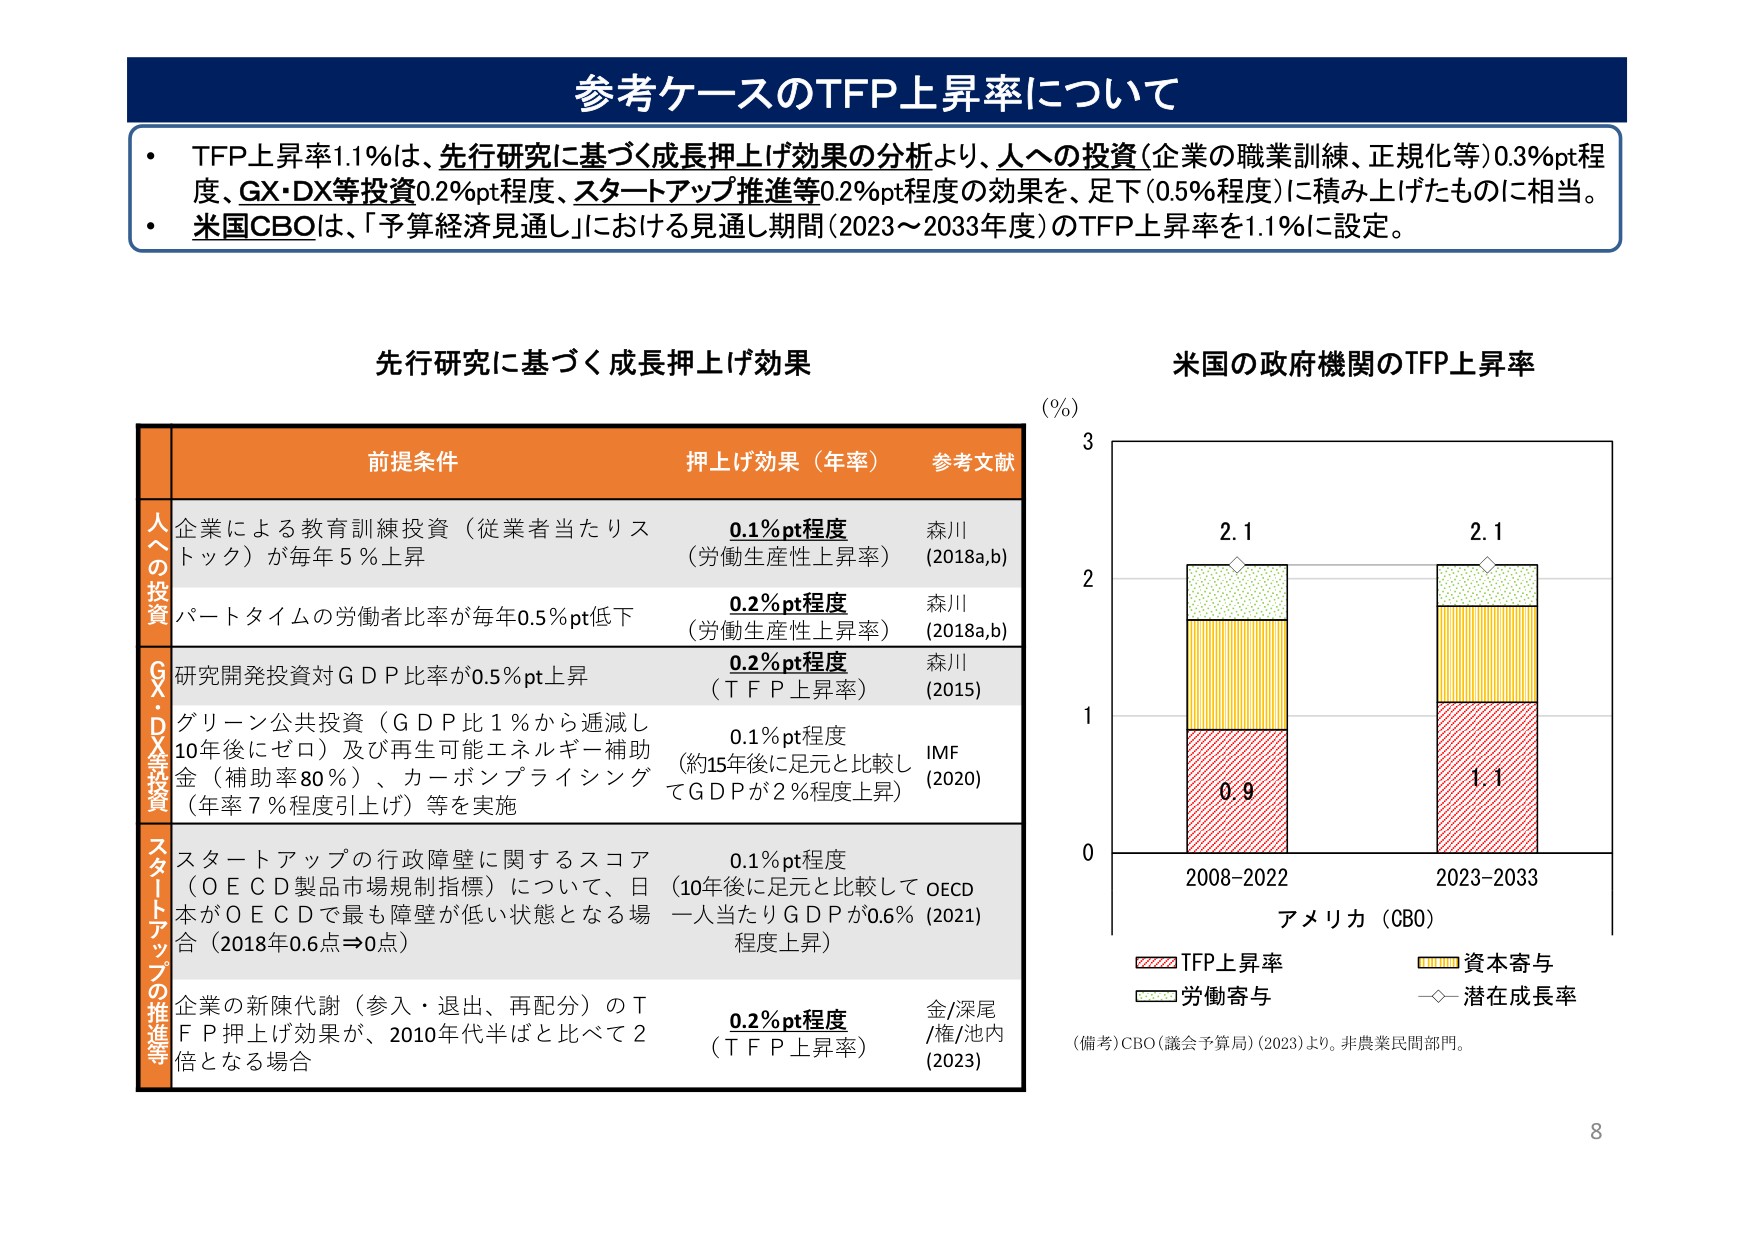
参考ケースのTFP上昇率について

・TFP上昇率1.1％は、先行研究に基づく成長押上げ効果の分析より、人への投資（企業の職業訓練、正規化等）0.3％pt程度、GX・DX等投資0.2％pt程度、スタートアップ推進等0.2％pt程度の効果を、足下（0.5％程度）に積み上げたものに相当。
・米国CBOは、「予算経済見通し」における見通し期間（2023～2033年度）のTFP上昇率を1.1％に設定。

先行研究に基づく成長押上げ効果

前提条件 押上げ効果（年率） 参考文献

人への投資
企業による教育訓練投資（従業者当たりストック）が毎年5％上昇 0.1％pt程度（労働生産性上昇率） 森川（2018a,b）
パートタイムの労働者比率が毎年0.5％pt低下 0.2％pt程度（労働生産性上昇率） 森川（2018a,b）

GX・DX等投資
研究開発投資対GDP比率が0.5％pt上昇 0.2％pt程度（TFP上昇率） 森川（2015）
グリーン公共投資（GDP比1％から逓減し10年後にゼロ）及び再生可能エネルギー補助金（補助率80％）、カーボンプライシング（年率7％程度引上げ）等を実施 0.1％pt程度（約15年後に足元と比較してGDPが2％程度上昇） IMF（2020）

スタートアップの推進等
スタートアップの行政障壁に関するスコア（OECD製品市場規制指標）について、日本がOECDで最も障壁が低い状態となる場合（2018年0.6点⇒0点） 0.1％pt程度（10年後に足元と比較してOECD一人当たりGDPが0.6％（2021）程度上昇）
企業の新陳代謝（参入・退出、再配分）のTFP押上げ効果が、2010年代半ばと比べて2倍となる場合 0.2％pt程度（TFP上昇率） 金/深尾/権/池内（2023）

米国の政府機関のTFP上昇率

（％）
3
2.1
2.1
2
1
0
2008-2022 2023-2033
アメリカ（CBO）
TFP上昇率 資本寄与
労働寄与 潜在成長率
（備考）CBO（議会予算局）（2023）より。非農業民間部門。

8